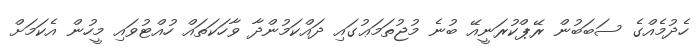
ހެދުމެއްގެ ސަބަބުން ރޭޕްކުރަނީއޭ ބުނެ މުޖުތަމަޢުގައި ދައްކަމުންދާ ވާހަކަތައް ހުއްޓުވައި މީހުން އެކަމަށް